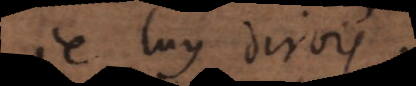
je luy dirois: